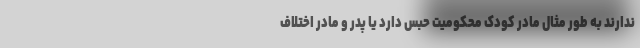
ندارند به طور مثال مادر کودک محکومیت حبس دارد یا پدر و مادر اختلاف